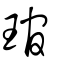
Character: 琯